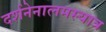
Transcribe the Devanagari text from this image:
दर्शनेनालमस्यात्र